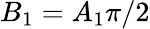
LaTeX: B_{1}=A_{1}\pi/2